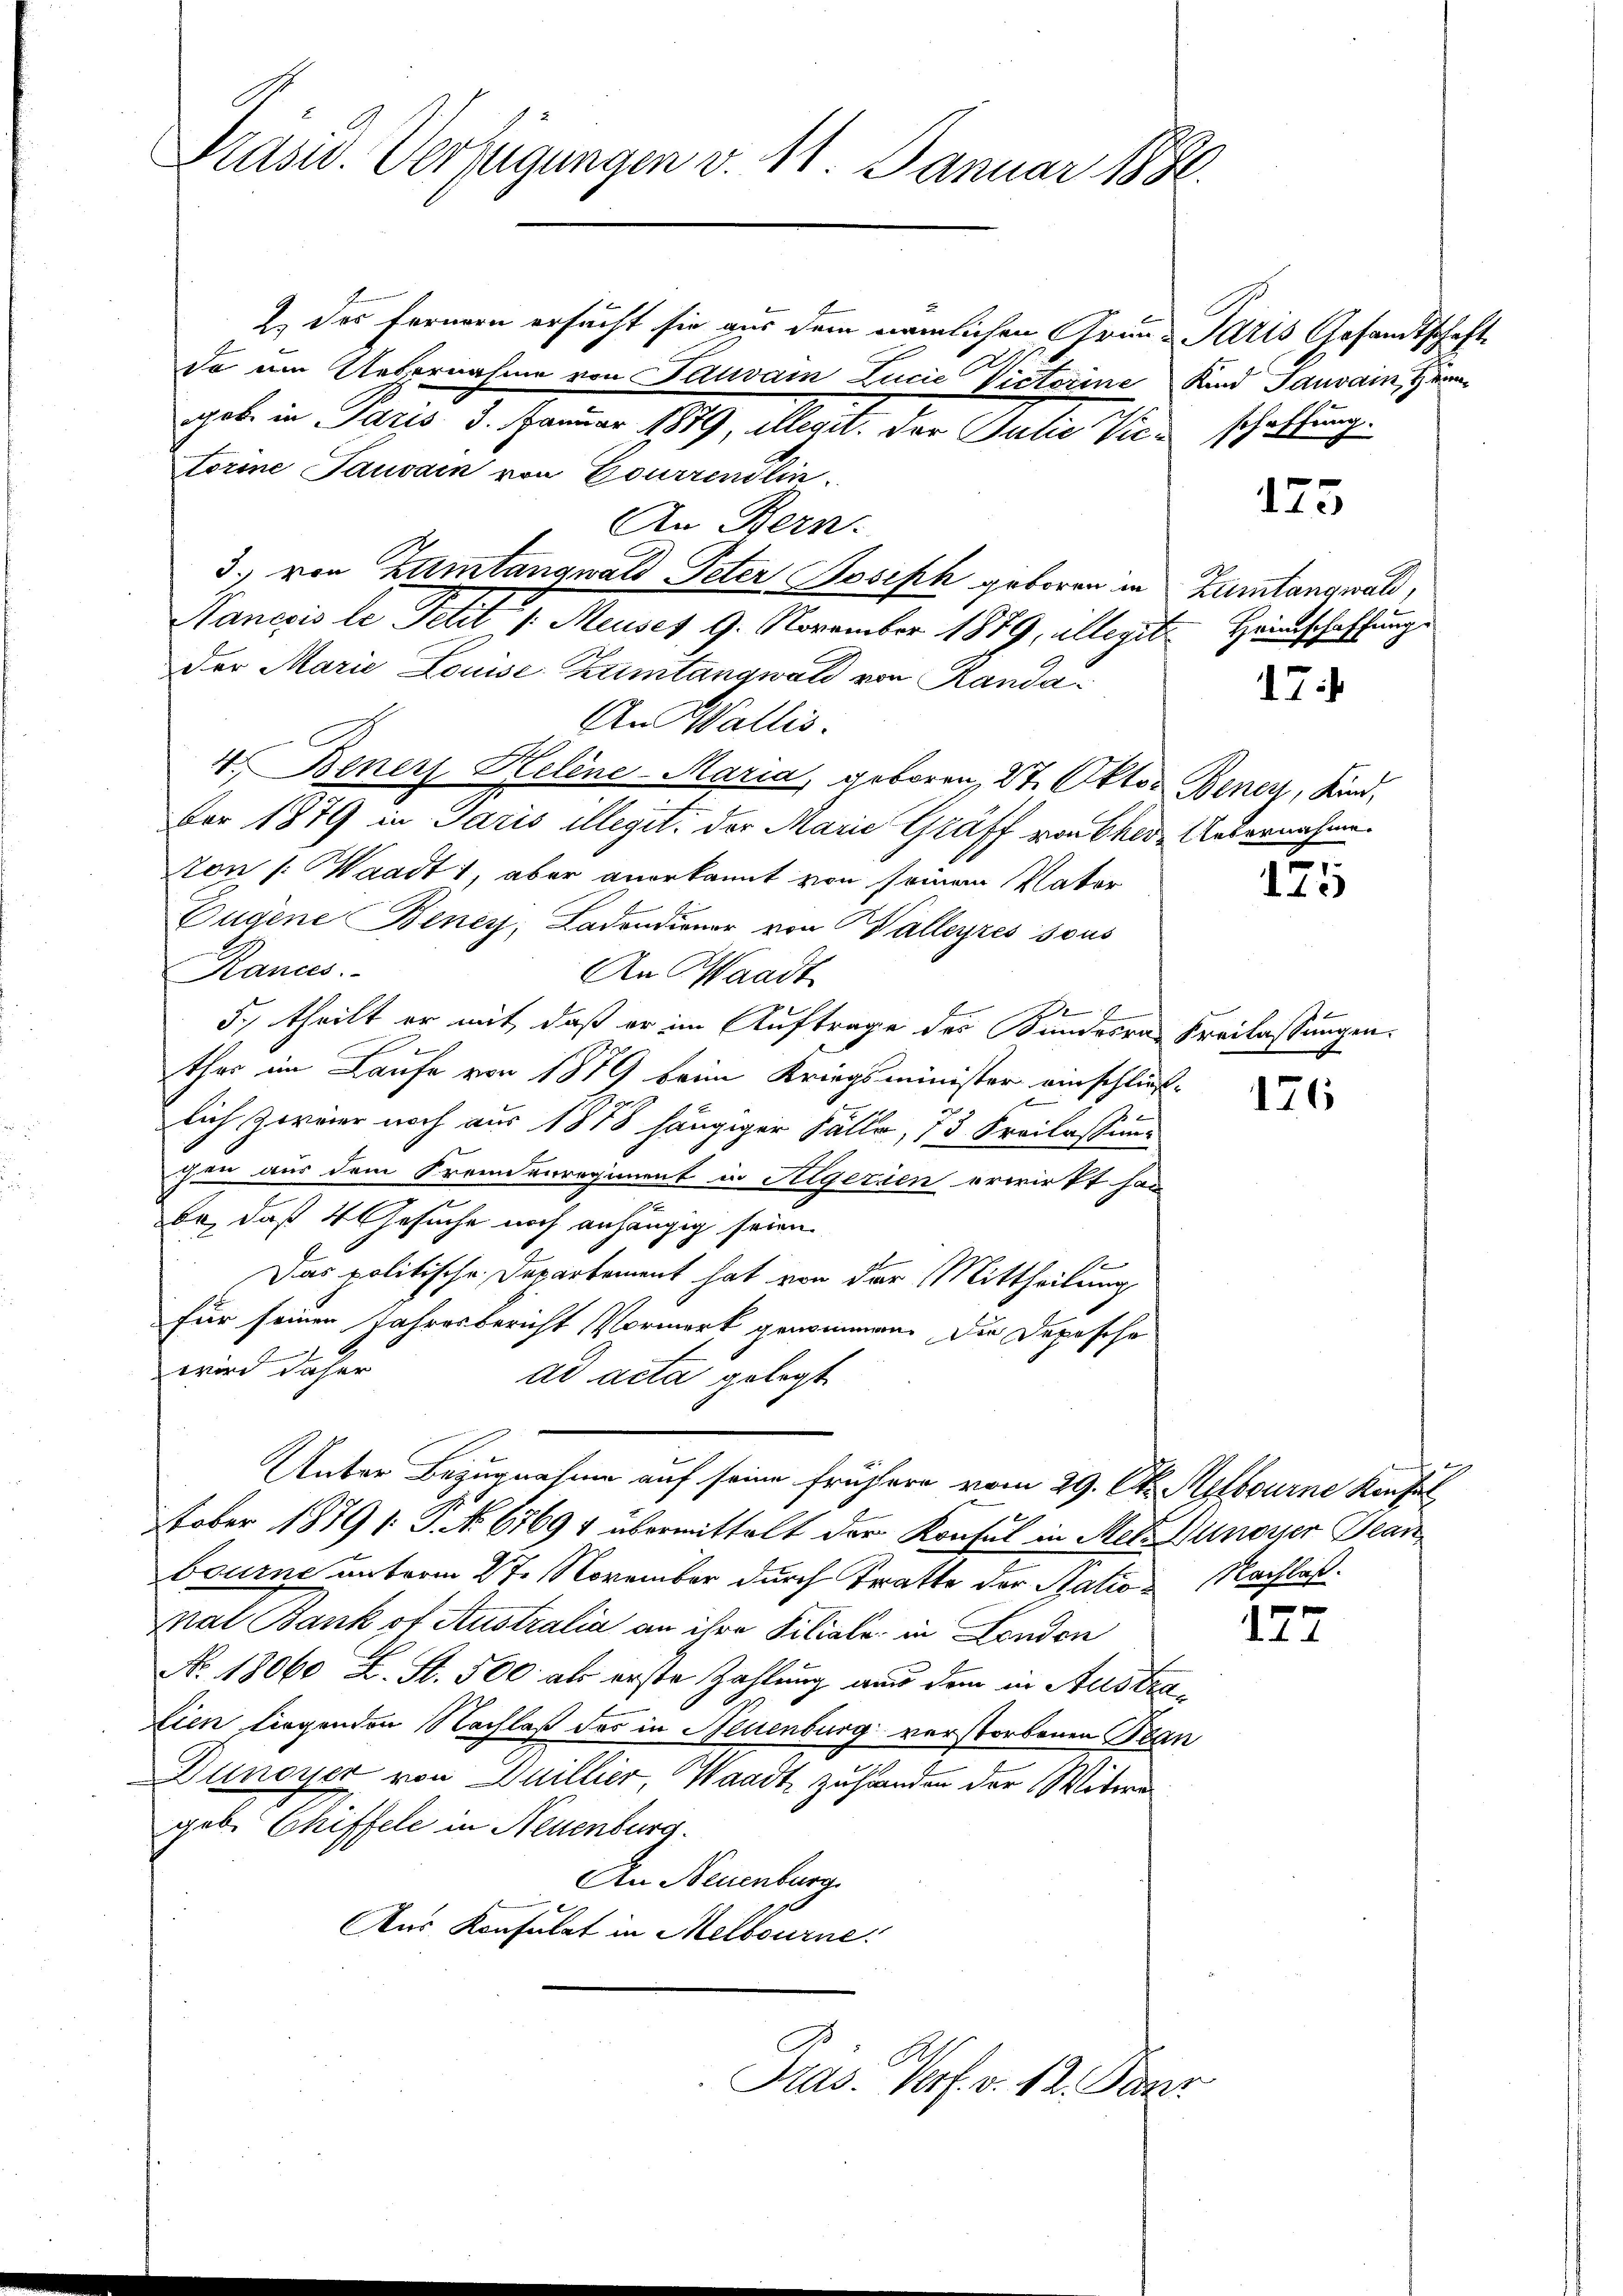
Präsid. Verfügungen v. 11. Januar 1881

2 des Fernern ersucht sie aus dem nämlichen Grün¬
21.
do im Uebernahme von Pauvain Lucie Victorine
gob. in Paris 3. Januar 1879, Allegit. der Julio Victorine Tauvain von Courrendlin.
An Bern.
3. von Zumtangwald Peter Joseph geboren in
Nancois le Petit /: Meuses 9. November 1879, allegit Heinschaffung
der Marie Louise titangwald von Randa¬
An Wallis.
4. Bener Helene-Maria, geboren, 27. Oktor Bener, Kind,
ber 1879 in Paris illegit: der Marie Graff von Ehere Uebernahme
ton /: Waadt, aber anerkannt von seinem Vater
Eugene Beney, Ladendiener von Walleyres sous
Rances.
An Waadt
5., theilt er mit, daß er im Auftrage des Kundesra
e
ther im Laufe von 1879 beim Kriegsminister einschließlich zornier noch aus 1878 hängiger Fälle, 73 Freilassung
chen aus dem Freunvorregiment in Algerien erwirkt han
be, daß 4 Gesuche noch anhängig seien.
1
Das politische Departement hat von der Mittheilung
für seinen Jahresbericht Vormerk genommen. Die Depesche
wird daher
ad acta gelegt
Unter Bezugnahme auf seine frühere vom 29. Okt. Melbourne Konfe
2
Fober 1879 /: J. No. 67694 übermittelt der Krafel in Met. Nunover Bean
bourne unterm 27. November durch Tratte der Nation Nachlaß.
nal Bank of Australia an ihre Filiale in London
No. 18060 L. St. 500 als erste Zahlung aus dem in Australien liegenden Nachlaß das in Neuenburg verstorbenen Bean
Dünoyer von Duillier, Waadt, zu handen der Witwe
geb. Chiffele in Neuenburg.
An Neuenburg
Aus Konsulat in Melbourne

Präs. Verf. v. 12. Janr

Paris Gesandtschaft.
Kind Tauvain, Her

schaffung.

173

Zumtangwald,

17:

175

Freilassungen.

176

177